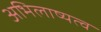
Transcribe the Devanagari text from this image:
अभिलाष्यत्व